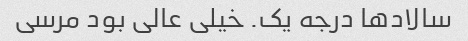
سالاد‌ها درجه یک. خیلی عالی بود مرسی